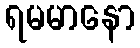
ရမမာနော